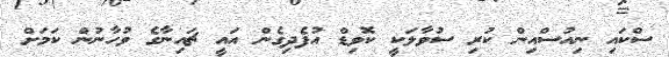
ސްކައި ނިއުސްއިން ކުރި ސުވާލަކީ ކޮވިޑް އުފެދިގެން އައީ ޗައިނާގެ ވުހާނުން ކަމަށް